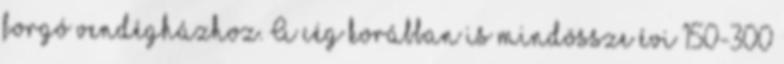
forgó vendégházhoz. A cég korábban is mindössze évi 150-300